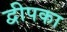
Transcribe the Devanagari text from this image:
द्वीपका